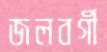
জলবর্গী